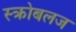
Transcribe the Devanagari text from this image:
स्क्रोबलज